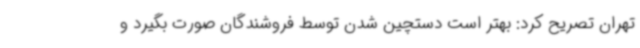
تهران تصریح کرد: بهتر است دستچین شدن توسط فروشندگان صورت بگیرد و